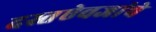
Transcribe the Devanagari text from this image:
दस्तऐवजांचे